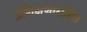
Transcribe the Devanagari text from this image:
प्रशिक्षणासहित